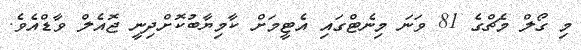
މި ގޯލް މެޗްގެ 81 ވަނަ މިނެޓްގައި އެޓީމަށް ކާމިޔާބުކޮށްދިނީ ޖޮއެލް ވާޑްއެވެ.